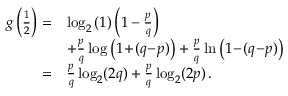
\begin{array} { r l } { g \left( \frac { 1 } { 2 } \right) = } & { \log _ { 2 } \left( 1 \right) \left( 1 - \frac { p } { q } \right) } \\ & { + \frac { p } { q } \log \left( 1 \! + \! ( q \! - \! p ) \right) + \frac { p } { q } \ln \left( 1 \! - \! ( q \! - \! p ) \right) } \\ { = } & { \frac { p } { q } \log _ { 2 } ( 2 q ) + \frac { p } { q } \log _ { 2 } ( 2 p ) \, . } \end{array}